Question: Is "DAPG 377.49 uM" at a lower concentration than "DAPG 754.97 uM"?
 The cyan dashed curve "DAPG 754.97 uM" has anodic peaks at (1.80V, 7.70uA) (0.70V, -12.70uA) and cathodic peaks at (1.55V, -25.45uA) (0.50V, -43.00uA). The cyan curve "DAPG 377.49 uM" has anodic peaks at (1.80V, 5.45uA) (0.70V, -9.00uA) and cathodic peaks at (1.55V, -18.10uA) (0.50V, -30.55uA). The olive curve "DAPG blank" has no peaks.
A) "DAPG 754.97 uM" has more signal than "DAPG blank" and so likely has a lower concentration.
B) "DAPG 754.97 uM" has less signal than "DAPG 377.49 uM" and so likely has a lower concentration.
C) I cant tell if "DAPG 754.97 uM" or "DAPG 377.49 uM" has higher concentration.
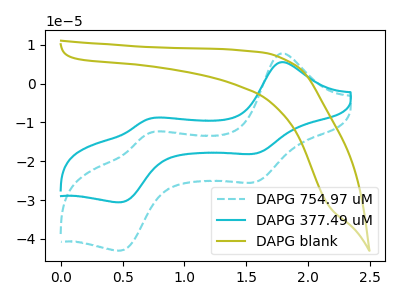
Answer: <think>All the peaks in "DAPG 754.97 uM" have a peak in "DAPG 377.49 uM" at the same potential.
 </think>
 <answer>C) I cant tell if "DAPG 754.97 uM" or "DAPG 377.49 uM" has higher concentration.</answer>
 <eval>C</eval>